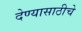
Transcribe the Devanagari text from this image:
देण्यासाठीचे